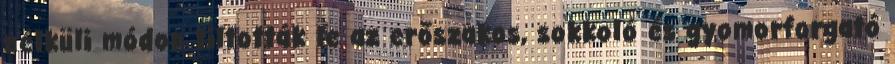
nélküli módon tiltották le az erőszakos, sokkoló és gyomorforgató